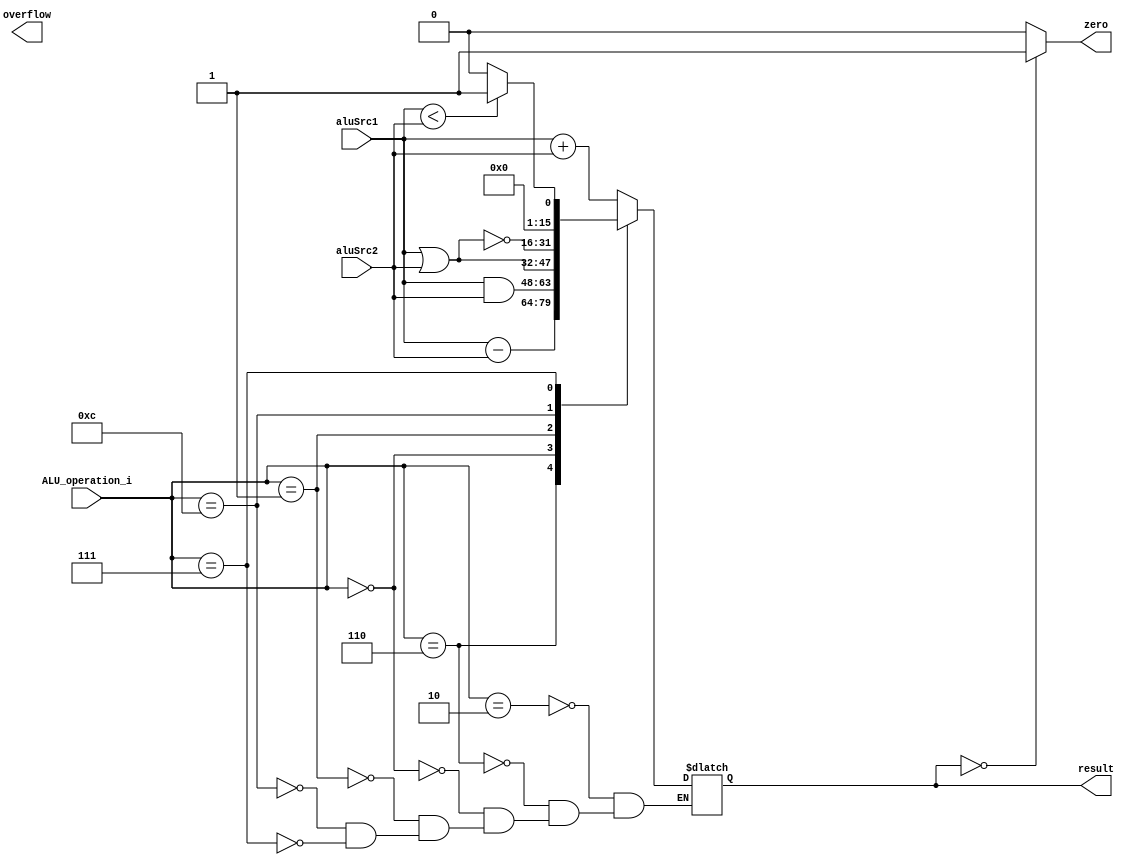
module ALU( aluSrc1, aluSrc2, ALU_operation_i, result, zero, overflow );

//I/O ports 
input signed [15:0] aluSrc1;
input signed [15:0] aluSrc2;
input [4-1:0] ALU_operation_i;

output reg [15:0] result;
output zero;
output overflow;



always@(*)
    case(ALU_operation_i)
        4'b0010: result = aluSrc1 + aluSrc2;
        4'b0110: result = aluSrc1 - aluSrc2;
        4'b0000: result = aluSrc1 & aluSrc2;
        4'b0001: result = aluSrc1 | aluSrc2;
        4'b1100: result = ~(aluSrc1 | aluSrc2);
        4'b0111: result = (aluSrc1 < aluSrc2) ? 16'd1 : 16'b0;
    endcase
    
assign zero = result == 16'b0 ? 1 : 0;

endmodule